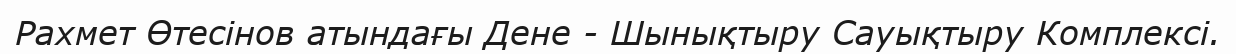
Рахмет Өтесінов атындағы Дене - Шынықтыру Сауықтыру Комплексі.